Leaving Certificate Examination (including Day School Certificate (Higher) General paper), 1928
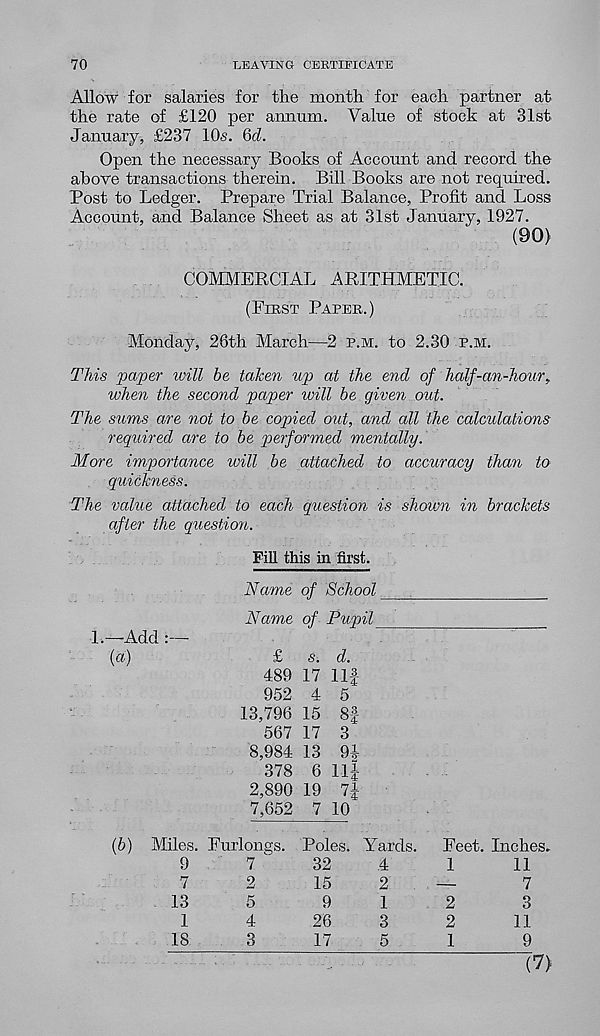
70
LEAVING CEBTIFICATE
Allow for salaries for tire month for each partner at
the rate of £120 per annum. Value of stock at 31st
January, £237 10s. 6J.
Open the necessary Books of Account and record the
above transactions therein. Bill Books are not required.
Post to Ledger. Prepare Trial Balance, Profit and Loss
Account, and Balance Sheet as at 31st January, 1927.
(90)
COMMERCIAL ARITHMETIC.
(First Paper.)
Monday, 26th March—2 p.m. to 2.30 p.m.
This paper will be taken up at the end of half-an-hour,
when the second paper will be given out.
The sums are not to be copied out, and all the calculations
required are to be performed mentally.
More importance will be attached to accuracy than to
quickness.
The value attached to each question is shown in brackets
after the question.
Fill this in first.
Name of School
Name of Pupil
1.—Add :—
(a)
£
s. d.
489 17 Ilf
952 4 5
13,796 15 8|
567 17 3
8,984 13 94
378 6 ll|
2,890 19 7J
7,652 7 10
(b) Miles. Furlongs. Poles. Yards.
9
7
32
4
7
2
15
2
13
5
9
1
1
4
26
3
18
3
17
5
Feet. Inches.
1
11
-
7
2
3
2
11
1
9
(7)